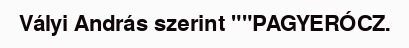
Vályi András szerint ""PAGYERÓCZ.